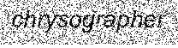
chrysographer